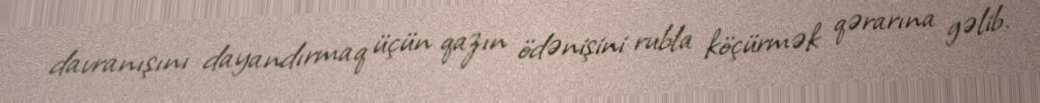
davranışını dayandırmaq üçün qazın ödənişini rubla köçürmək qərarına gəlib.